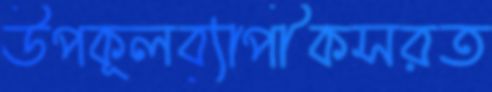
উপকূলব্যাপীকসরত